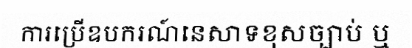
ការប្រើឧបករណ៍នេសាទខុសច្បាប់ ឬ